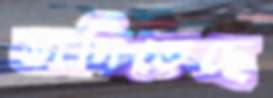
ভাগিতেছে